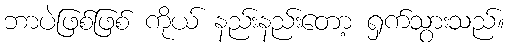
ဘာပဲဖြစ်ဖြစ် ကိုယ် နည်းနည်းတော့ ရှက်သွားသည်။